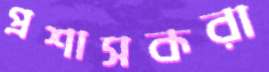
প্রশাসকরা